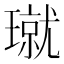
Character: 𪼝